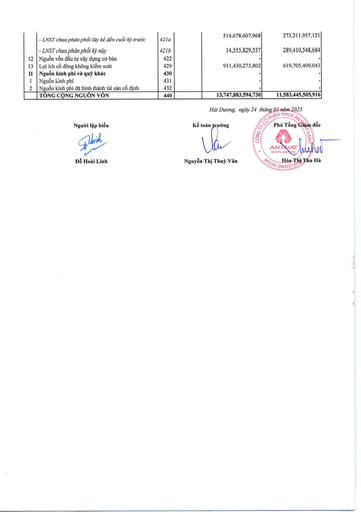
||- LNST chưa phân phối lũy kế đến cuối kỳ trước|421a||514,678,607,968|273,211,957,121| |---|---|---|---|---|---| ||- LNST chưa phân phối kỳ này|421b||14,555,829,537|289,410,548,684| |12|Nguồn vốn đầu tư xây dựng cơ bản|422||-|-| |13|Lợi ích cổ đông không kiểm soát|429||911,430,273,802|619,705,409,043| |II|Nguồn kinh phí và quỹ khác|430||-|-| |1|Nguồn kinh phí|431||-|-| |2|Nguồn kinh phí đã hình thành tài sản cố định|432||-|-| ||Tổng cộng nguồn vốn|440||13,747,883,594,730|11,583,445,505,916|